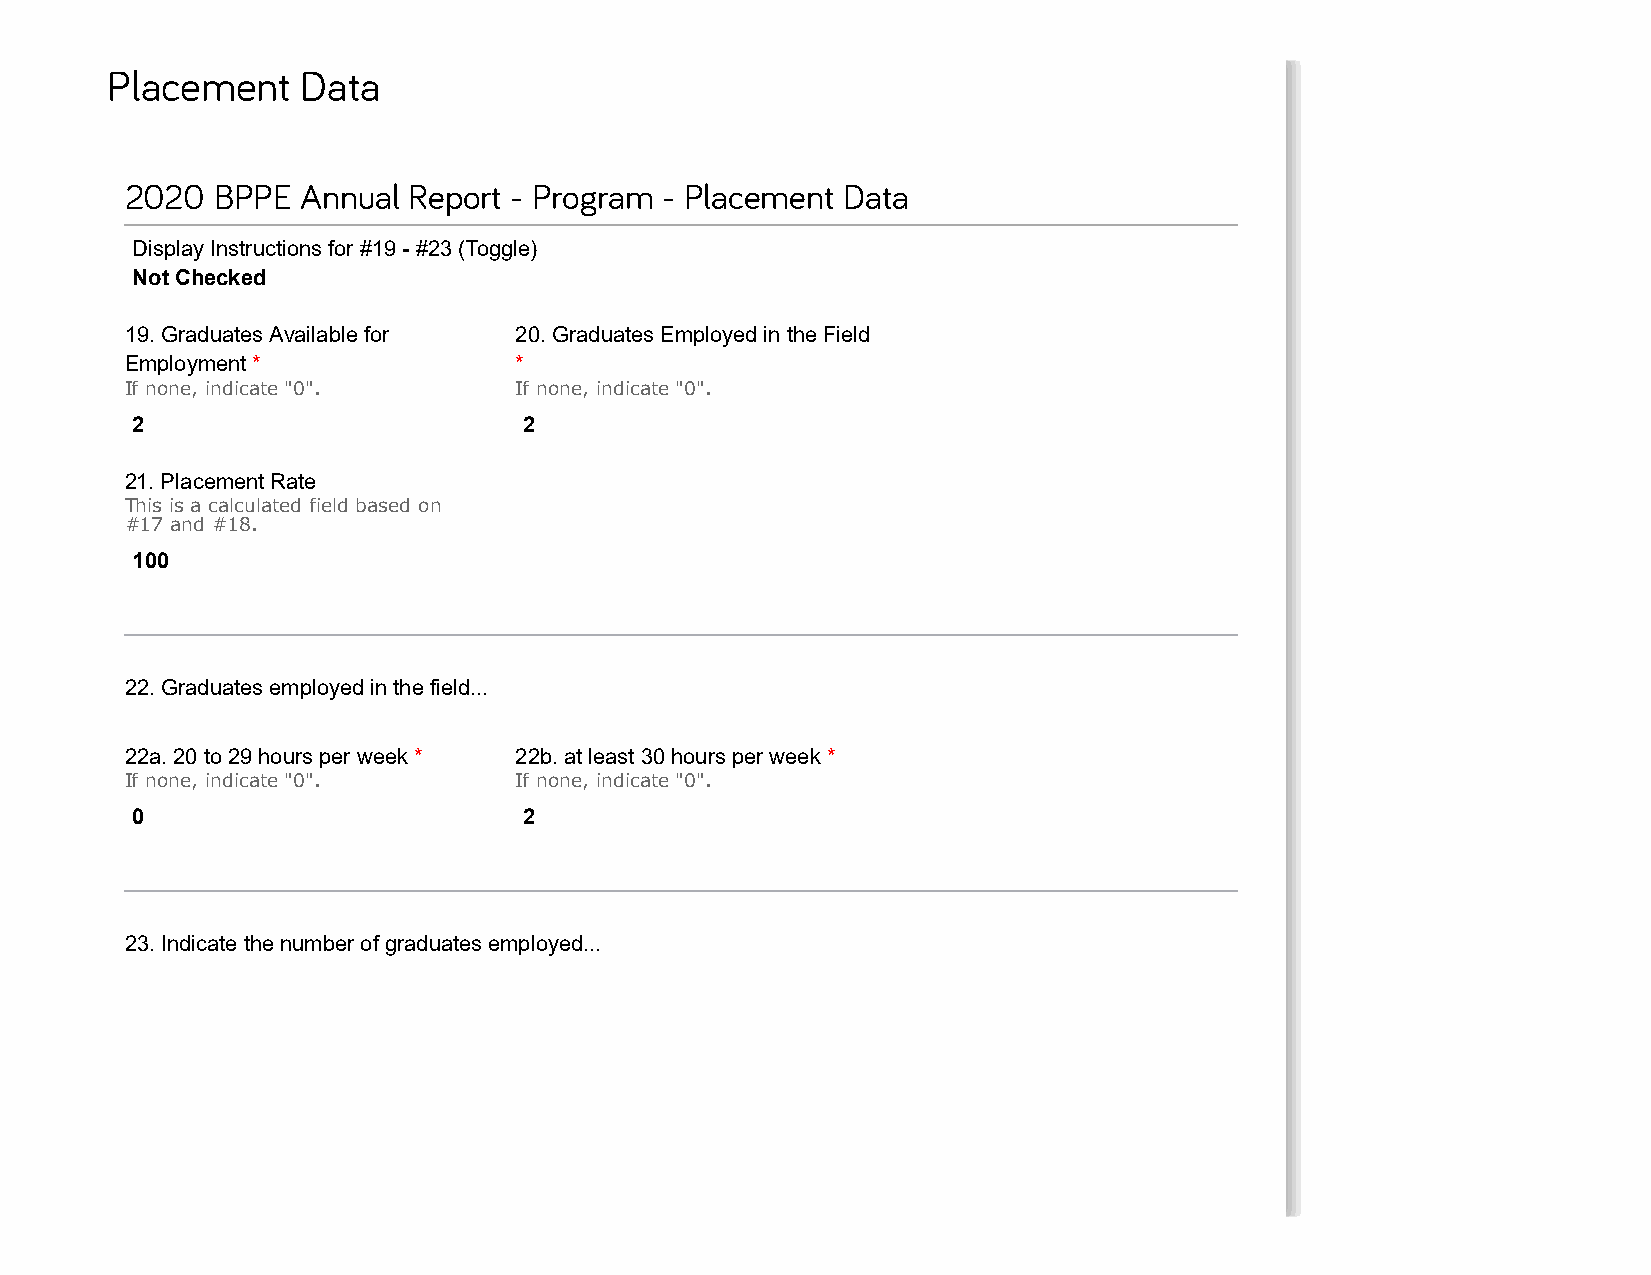
Placement    Data
 2020  BPPE  Annual Report - Program - Placement Data
 Display Instructions for #19 - #23 (Toggle)
 Not Checked
 19. Graduates Available for 20. Graduates Employed in the Field
 Employment *              *
 If none, indicate "0".    If none, indicate "0".
 2                         2
 21. Placement Rate
 This is a calculated field based on
 #17 and #18.
 100
 22. Graduates employed in the field...
 22a. 20 to 29 hours per week * 22b. at least 30 hours per week *
 If none, indicate "0".    If none, indicate "0".
 0                         2
 23. Indicate the number of graduates employed...